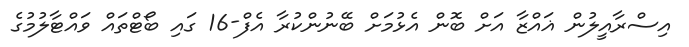
އިސްރާއީލުން ޣައްޒާ އަށް ބޮން އެޅުމަށް ބޭނުންކުރާ އެފް-16 ގައި ބޯޓްތައް ވައްޓާލުމުގެ